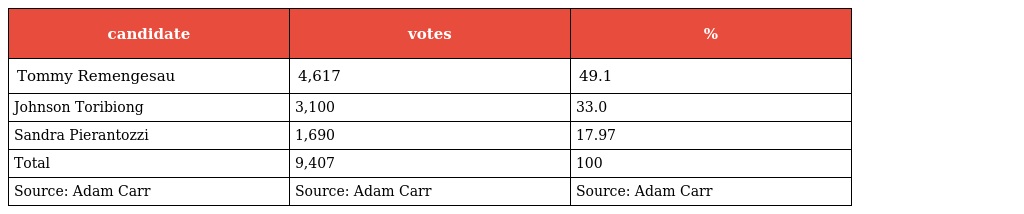
| candidate | votes | % |
 | --- | --- | --- |
 | Tommy Remengesau | 4,617 | 49.1 |
 | Johnson Toribiong | 3,100 | 33.0 |
 | Sandra Pierantozzi | 1,690 | 17.97 |
 | Total | 9,407 | 100 |
 | Source: Adam Carr | Source: Adam Carr | Source: Adam Carr |